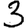
Digit: 3